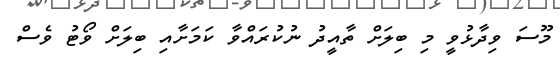
މޫސަ ވިދާޅުވީ މި ބިލަށް ތާއީދު ނުކުރައްވާ ކަމަށާއި ބިލަށް ވޯޓު ވެސް